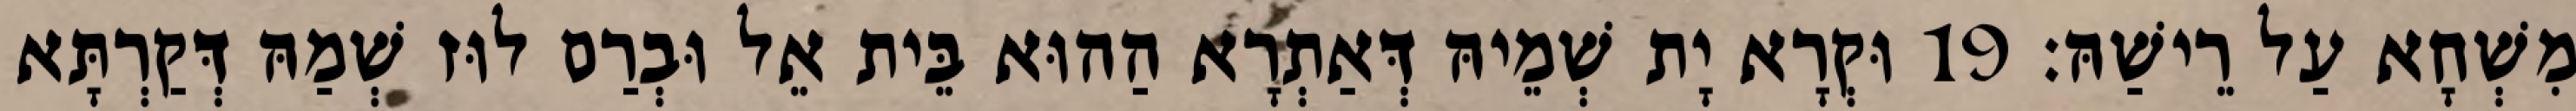
מִשְׁחָא עַל רֵישַׁהּ׃ 19 וּקְרָא יָת שְׁמֵיהּ דְּאַתְרָא הַהוּא בֵּית אֵל וּבְרַם לוּז שְׁמַהּ דְּקַרְתָּא